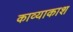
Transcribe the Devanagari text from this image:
काव्याकाश